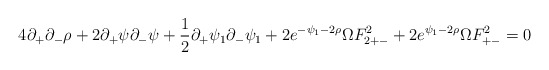
\begin{align*}4\partial_+ \partial_- \rho + 2 \partial_+ \psi \partial_-\psi+\frac{1}{2}\partial_+ \psi_1 \partial_-\psi_1 + 2 e^{-\psi_1-2\rho}\Omega F^2_{2+-}+2e^{\psi_1-2\rho}\Omega F^2_{+-}=0\end{align*}